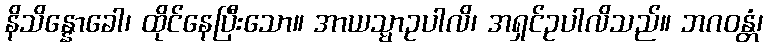
နိသိန္နောခေါ၊ ထိုင်နေပြီးသော။ အာယသ္မာဥပါလိ၊ အရှင်ဥပါလိသည်။ ဘဂဝန္တံ၊